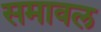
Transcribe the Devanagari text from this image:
समावल